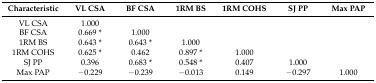
<table><thead><tr><td><b>Characteristic</b></td><td><b>VL CSA</b></td><td><b>BF CSA</b></td><td><b>1RM BS</b></td><td><b>1RM COHS</b></td><td><b>SJ PP</b></td><td><b>Max PAP</b></td></tr></thead><tbody><tr><td>VL CSA</td><td>1.000</td><td></td><td></td><td></td><td></td><td></td></tr><tr><td>BF CSA</td><td>0.669 *</td><td>1.000</td><td></td><td></td><td></td><td></td></tr><tr><td>1RM BS</td><td>0.643 *</td><td>0.643 *</td><td>1.000</td><td></td><td></td><td></td></tr><tr><td>1RM COHS</td><td>0.625 *</td><td>0.462</td><td>0.897 *</td><td>1.000</td><td></td><td></td></tr><tr><td>SJ PP</td><td>0.396</td><td>0.683 *</td><td>0.548 *</td><td>0.407</td><td>1.000</td><td></td></tr><tr><td>Max PAP</td><td>−0.229</td><td>−0.239</td><td>−0.013</td><td>0.149</td><td>−0.297</td><td>1.000</td></tr></tbody></table>